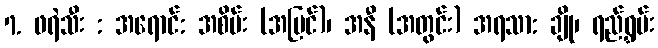
7. ဖရဲသီး : အရောင်: အစိမ်း (အပြင်)၊ အနီ (အတွင်း) အရသာ: ချို၊ ရည်ရွှမ်း